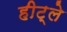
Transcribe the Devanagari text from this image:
हीट्ले